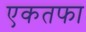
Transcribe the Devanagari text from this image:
एकतफा